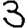
Digit: 3